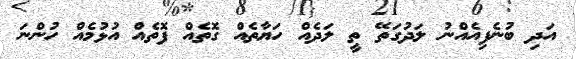
އަދި ބުނެފިއެއްނު ލަދުގަތޭ ތީ ލަދެއް ހަޔާތެއް ގޮތެއް ފޮތެއް އުޅުމެއް ހުންނަ